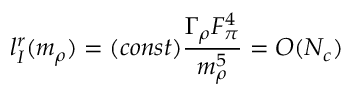
l _ { I } ^ { r } ( m _ { \rho } ) = ( c o n s t ) \frac { \Gamma _ { \rho } F _ { \pi } ^ { 4 } } { m _ { \rho } ^ { 5 } } = O ( N _ { c } )